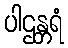
ပါဌန္တရံ